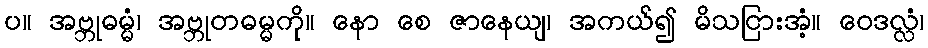
ပ။ အဗ္ဘုဓမ္မံ၊ အဗ္ဘုတဓမ္မကို။ နော စေ ဇာနေယျ၊ အကယ်၍ မိသငြားအံ့။ ဝေဒလ္လံ၊